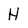
Character: H